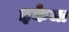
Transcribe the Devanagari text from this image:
इकेजा